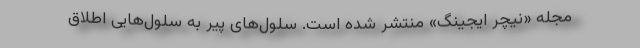
مجله «نیچر ایجینگ» منتشر شده‌ است. سلول‌های پیر به سلول‌هایی اطلاق